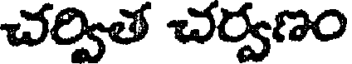
చర్విత చర్వణం